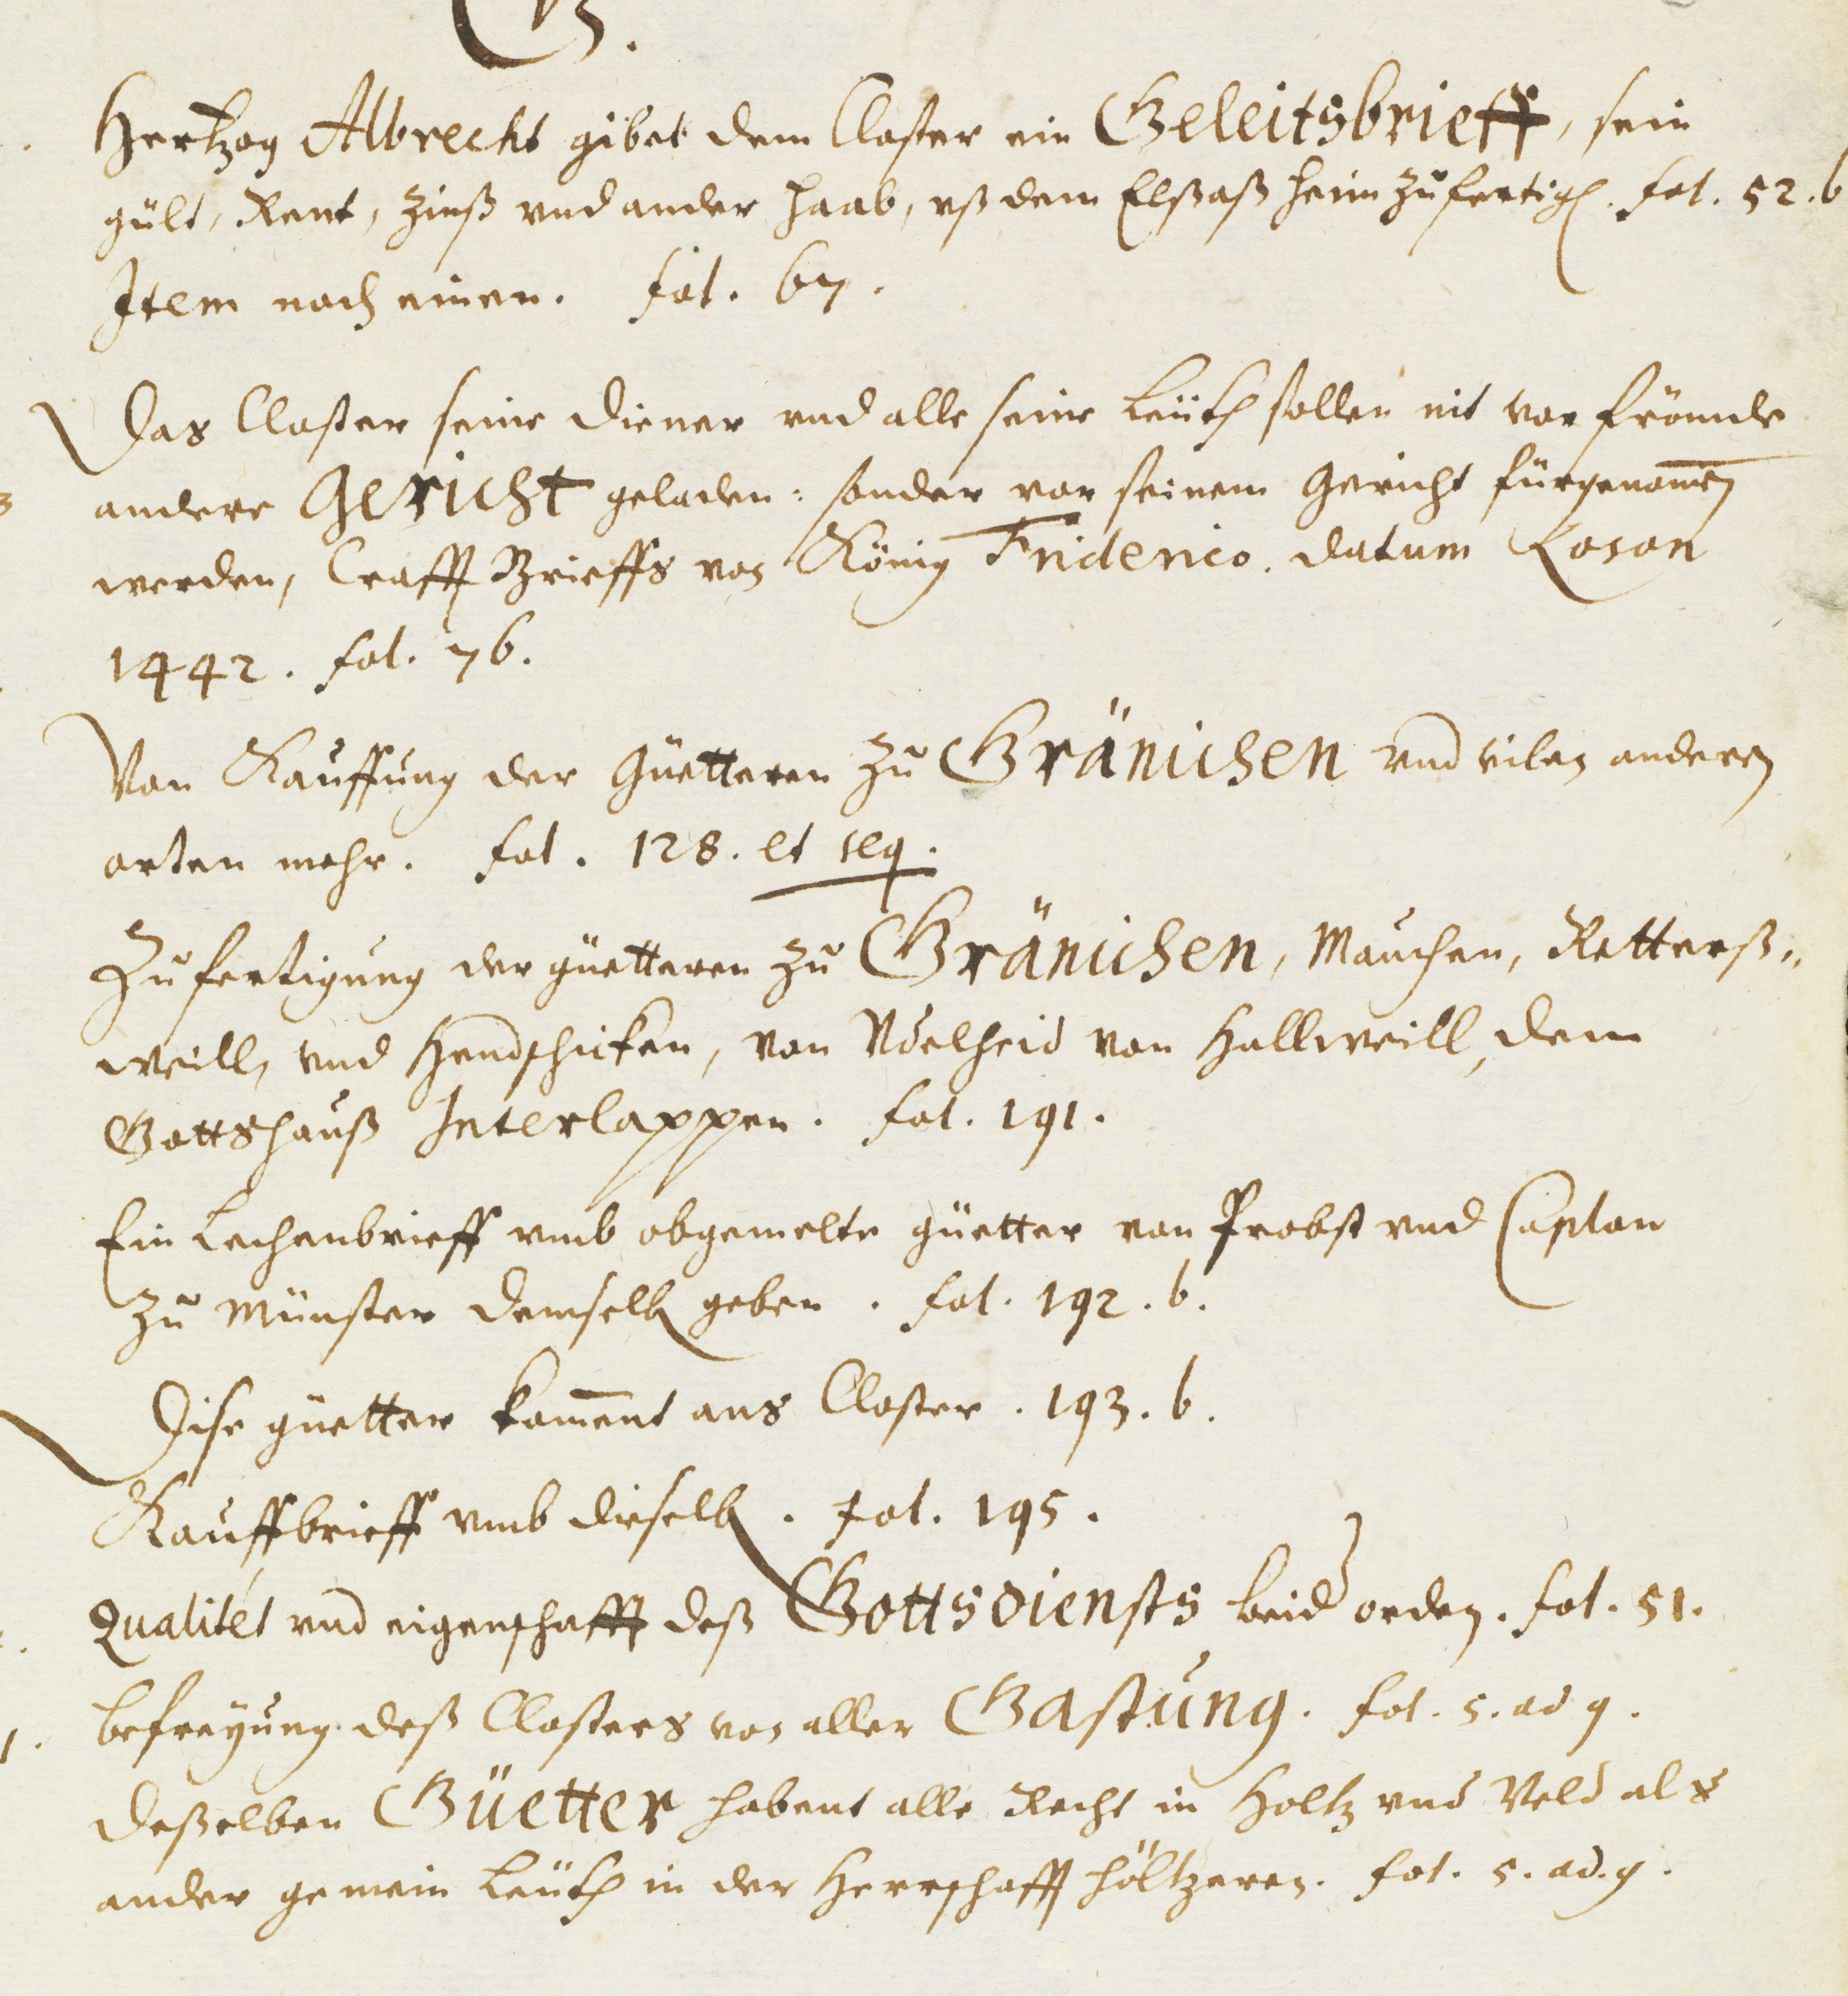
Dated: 1451–1510